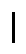
1